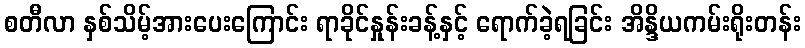
စတီလာ နှစ်သိမ့်အားပေးကြောင်း ရာခိုင်နှုန်းခန့်နှင့် ရောက်ခဲ့ရခြင်း အိန္ဒိယကမ်းရိုးတန်း